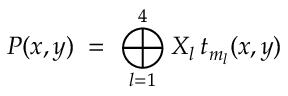
P ( x , y ) \; = \; \bigoplus _ { l = 1 } ^ { 4 } X _ { l } \: t _ { m _ { l } } ( x , y )